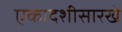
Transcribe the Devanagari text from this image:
एकादशीसारखे